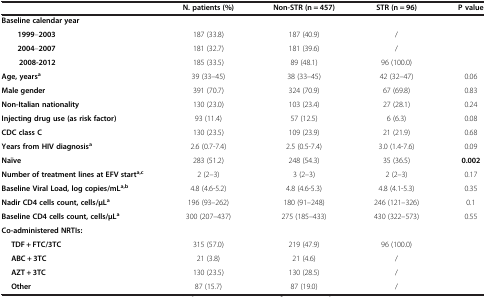
<table><thead><tr><td><b> </b></td><td><b>N. patients (%)</b></td><td><b>Non-STR (n = 457)</b></td><td><b>STR (n = 96)</b></td><td><b>P value</b></td></tr></thead><tbody><tr><td><b>Baseline calendar year</b></td><td> </td><td> </td><td> </td><td> </td></tr><tr><td><b>1999</b>–<b>2003</b></td><td>187 (33.8)</td><td>187 (40.9)</td><td>/</td><td> </td></tr><tr><td><b>2004</b>–<b>2007</b></td><td>181 (32.7)</td><td>181 (39.6)</td><td>/</td><td> </td></tr><tr><td><b>2008-2012</b></td><td>185 (33.5)</td><td>89 (48.1)</td><td>96 (100.0)</td><td> </td></tr><tr><td><b>Age, years</b><sup><b>a</b></sup></td><td>39 (33–45)</td><td>38 (33–45)</td><td>42 (32–47)</td><td>0.06</td></tr><tr><td><b>Male gender</b></td><td>391 (70.7)</td><td>324 (70.9)</td><td>67 (69.8)</td><td>0.83</td></tr><tr><td><b>Non-Italian nationality</b></td><td>130 (23.0)</td><td>103 (23.4)</td><td>27 (28.1)</td><td>0.24</td></tr><tr><td><b>Injecting drug use (as risk factor)</b></td><td>93 (11.4)</td><td>57 (12.5)</td><td>6 (6.3)</td><td>0.08</td></tr><tr><td><b>CDC class C</b></td><td>130 (23.5)</td><td>109 (23.9)</td><td>21 (21.9)</td><td>0.68</td></tr><tr><td><b>Years from HIV diagnosis</b><sup><b>a</b></sup></td><td>2.6 (0.7-7.4)</td><td>2.5 (0.5-7.4)</td><td>3.0 (1.4-7.6)</td><td>0.09</td></tr><tr><td><b>Naïve</b></td><td>283 (51.2)</td><td>248 (54.3)</td><td>35 (36.5)</td><td><b>0.002</b></td></tr><tr><td><b>Number of treatment lines at EFV start</b><sup><b>a,c</b></sup></td><td>2 (2–3)</td><td>3 (2–3)</td><td>2 (2–3)</td><td>0.17</td></tr><tr><td><b>Baseline Viral Load, log copies/mL</b><sup><b>a,b</b></sup></td><td>4.8 (4.6-5.2)</td><td>4.8 (4.6-5.3)</td><td>4.8 (4.1-5.3)</td><td>0.35</td></tr><tr><td><b>Nadir CD4 cells count, cells/μL</b><sup><b>a</b></sup></td><td>196 (93–262)</td><td>180 (91–248)</td><td>246 (121–326)</td><td>0.1</td></tr><tr><td><b>Baseline CD4 cells count, cells/μL</b><sup><b>a</b></sup></td><td>300 (207–437)</td><td>275 (185–433)</td><td>430 (322–573)</td><td>0.55</td></tr><tr><td><b>Co-administered NRTIs:</b></td><td> </td><td> </td><td> </td><td> </td></tr><tr><td><b>TDF + FTC/3TC</b></td><td>315 (57.0)</td><td>219 (47.9)</td><td>96 (100.0)</td><td> </td></tr><tr><td><b>ABC + 3TC</b></td><td>21 (3.8)</td><td>21 (4.6)</td><td>/</td><td> </td></tr><tr><td><b>AZT + 3TC</b></td><td>130 (23.5)</td><td>130 (28.5)</td><td>/</td><td> </td></tr><tr><td><b>Other</b></td><td>87 (15.7)</td><td>87 (19.0)</td><td>/</td><td> </td></tr></tbody></table>